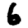
Digit: 6